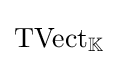
\mathrm {TVect} _{\mathbb {K} }